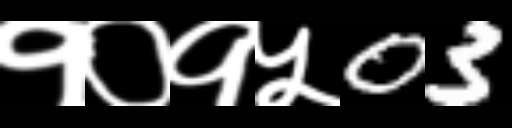
Text: १०१५03